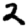
Digit: 2